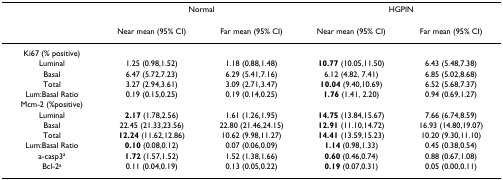
|  | <COLSPAN=2> Normal | <COLSPAN=2> HGPIN |
 |  | Near mean (95% CI) | Far mean (95% CI) | Near mean (95% CI) | Far mean (95% CI) |
 | --- | --- | --- | --- | --- |
 | Ki67 (% positive) |  |  |  |  |
 | Luminal | 1.25 (0.98,1.52) | 1.18 (0.88,1.48) | 10.77 (10.05,11.50) | 6.43 (5.48,7.38) |
 | Basal | 6.47 (5.72,7.23) | 6.29 (5.41,7.16) | 6.12 (4.82, 7.41) | 6.85 (5.02,8.68) |
 | Total | 3.27 (2.94,3.61) | 3.09 (2.71,3.47) | 10.04 (9.40,10.69) | 6.52 (5.68,7.37) |
 | Lum:Basal Ratio | 0.19 (0.15,0.25) | 0.19 (0.14,0.25) | 1.76 (1.41, 2.20) | 0.94 (0.69,1.27) |
 | Mcm-2 (%positive) |  |  |  |  |
 | Luminal | 2.17 (1.78,2.56) | 1.61 (1.26,1.95) | 14.75 (13.84,15.67) | 7.66 (6.74,8.59) |
 | Basal | 22.45 (21.33,23.56) | 22.80 (21.46,24.15) | 12.91 (11.10,14.72) | 16.93 (14.80,19.07) |
 | Total | 12.24 (11.62,12.86) | 10.62 (9.98,11.27) | 14.41 (13.59,15.23) | 10.20 (9.30,11.10) |
 | Lum:Basal Ratio | 0.10 (0.08,0.12) | 0.07 (0.06,0.09) | 1.14 (0.98,1.33) | 0.45 (0.38,0.54) |
 | a-casp3a | 1.72 (1.57,1.52) | 1.52 (1.38,1.66) | 0.60 (0.46,0.74) | 0.88 (0.67,1.08) |
 | Bcl-2a | 0.11 (0.04,0.19) | 0.13 (0.05,0.22) | 0.19 (0.07,0.31) | 0.05 (0.00,0.11) |